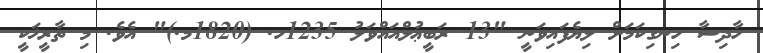
ހާދިސާ ހިނގިކަމަށް ލިޔެފައިވަނީ "13 ރަބީޢުލްއައްވަލު 1235ހ. (1820މ.)" އެވެ. މި ތާރީޚަކީ